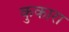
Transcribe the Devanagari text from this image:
कुकारा